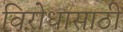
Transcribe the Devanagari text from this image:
विरोधासाठी